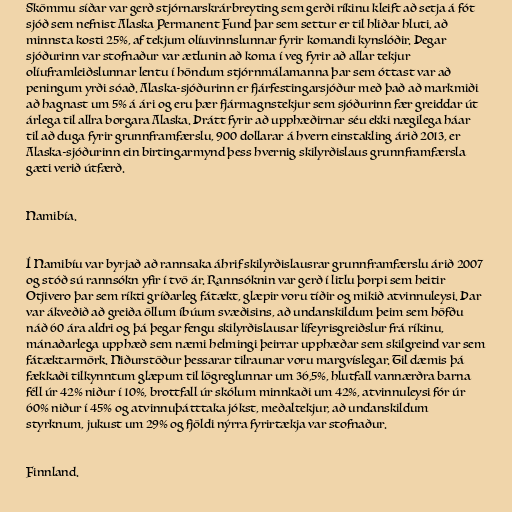
Skömmu síðar var gerð stjórnarskrárbreyting sem gerði ríkinu kleift að setja á fót
sjóð sem nefnist Alaska Permanent Fund þar sem settur er til hliðar hluti, að
minnsta kosti 25%, af tekjum olíuvinnslunnar fyrir komandi kynslóðir. Þegar
sjóðurinn var stofnaður var ætlunin að koma í veg fyrir að allar tekjur
olíuframleiðslunnar lentu í höndum stjórnmálamanna þar sem óttast var að
peningum yrði sóað. Alaska-sjóðurinn er fjárfestingarsjóður með það að markmiði
að hagnast um 5% á ári og eru þær fjármagnstekjur sem sjóðurinn fær greiddar út
árlega til allra borgara Alaska. Þrátt fyrir að upphæðirnar séu ekki nægilega háar
til að duga fyrir grunnframfærslu, 900 dollarar á hvern einstakling árið 2013, er
Alaska-sjóðurinn ein birtingarmynd þess hvernig skilyrðislaus grunnframfærsla
gæti verið útfærð.

Namibía.

Í Namibíu var byrjað að rannsaka áhrif skilyrðislausrar grunnframfærslu árið 2007
og stóð sú rannsókn yfir í tvö ár. Rannsóknin var gerð í litlu þorpi sem heitir
Otjivero þar sem ríkti gríðarleg fátækt, glæpir voru tíðir og mikið atvinnuleysi. Þar
var ákveðið að greiða öllum íbúum svæðisins, að undanskildum þeim sem höfðu
náð 60 ára aldri og þá þegar fengu skilyrðislausar lífeyrisgreiðslur frá ríkinu,
mánaðarlega upphæð sem næmi helmingi þeirrar upphæðar sem skilgreind var sem
fátæktarmörk. Niðurstöður þessarar tilraunar voru margvíslegar. Til dæmis þá
fækkaði tilkynntum glæpum til lögreglunnar um 36,5%, hlutfall vannærðra barna
féll úr 42% niður í 10%, brottfall úr skólum minnkaði um 42%, atvinnuleysi fór úr
60% niður í 45% og atvinnuþátttaka jókst, meðaltekjur, að undanskildum
styrknum, jukust um 29% og fjöldi nýrra fyrirtækja var stofnaður.

Finnland.